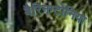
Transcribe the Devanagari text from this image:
बैरिनग्टोनिया